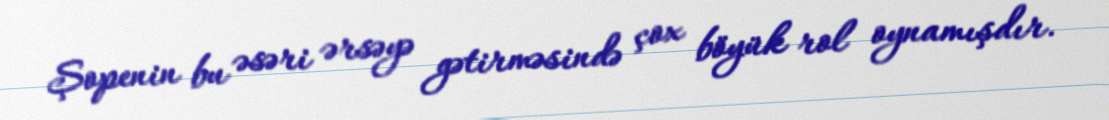
Şopenin bu əsəri ərsəyə gətirməsində çox böyük rol oynamışdır.